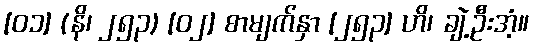
[၀၁] (နိ၊ ၂၅၃) [၀၂] စာမျက်နှာ [၂၅၃] ဟိ၊ ချဲ့ဦးအံ့။